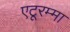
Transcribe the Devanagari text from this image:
एटूरम्मा